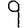
Digit: 9